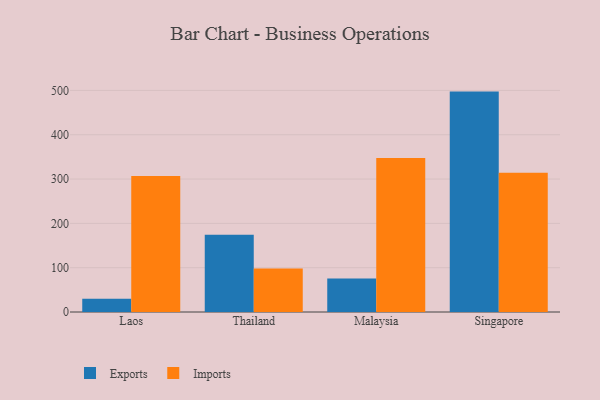
{"axis": {"x": "Country", "y": "Bounce Rate (%)"}, "legend": ["Exports", "Imports"], "data": [{"x": "Laos", "y": 29.7, "type": "Exports"}, {"x": "Laos", "y": 306.9, "type": "Imports"}, {"x": "Thailand", "y": 174.3, "type": "Exports"}, {"x": "Thailand", "y": 98.2, "type": "Imports"}, {"x": "Malaysia", "y": 75.4, "type": "Exports"}, {"x": "Malaysia", "y": 347.3, "type": "Imports"}, {"x": "Singapore", "y": 497.3, "type": "Exports"}, {"x": "Singapore", "y": 314.0, "type": "Imports"}]}